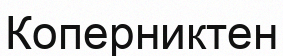
Коперниктен